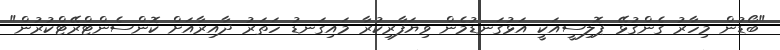
"ބޯޑުން މިހާރު ގެންގުޅޭ ޕޮލިސީއަކީ އަޅުގަނޑުމެން ވިޔަފާރިކުރާ މައިގަނޑު ހަތަރު ދާއިރާއަށް ކޮންސެންޓްރޭޓްކުރުން"